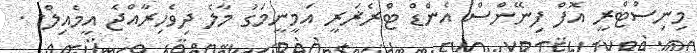
މިނިސްޓްރީ އޮފް ފިނޭންސް އެންޑް ޓްރެޜަރީ އަމީނީމަގު މާލެ ދިވެހިރާއްޖެ އީމެއިލް: .